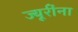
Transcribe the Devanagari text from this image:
ज्यूरींना